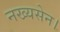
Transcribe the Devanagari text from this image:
नख्यसेन।